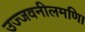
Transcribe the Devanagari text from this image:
उज्जवनीलमणि।